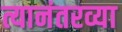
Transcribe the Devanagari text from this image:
त्यानंतरव्या